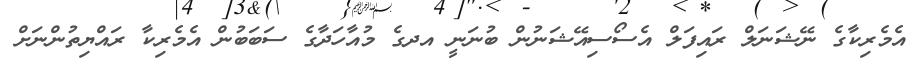
އެމެރިކާގެ ނޭޝަނަލް ރައިފަލް އެސޯސިއޭޝަނުން ބުނަނީ އދގެ މުއާހަދާގެ ސަބަބުން އެމެރިކާ ރައްޔިތުންނަށް